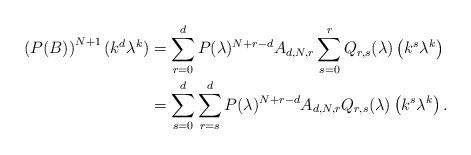
LaTeX: \begin{align*}\left(P(B)\right)^{N+1}(k^d\lambda^k)&=\sum_{r=0}^d P(\lambda)^{N+r-d}A_{d,N,r}\sum_{s=0}^r Q_{r,s}(\lambda) \left(k^s\lambda^k\right)\\&=\sum_{s=0}^d \sum_{r=s}^d P(\lambda)^{N+r-d}A_{d,N,r}Q_{r,s}(\lambda)\left(k^s\lambda^k\right).\end{align*}